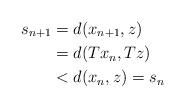
LaTeX: \begin{align*}s_{n+1} & = d(x_{n+1},z)\\&= d(Tx_n,Tz)\\&< d(x_n,z) = s_n\end{align*}